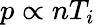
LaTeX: p\propto nT_{i}